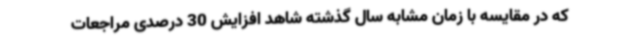
که در مقایسه با زمان مشابه سال گذشته شاهد افزایش 30 درصدی مراجعات